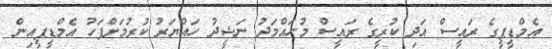
އެމްޑީޕީގެ ރައީސް އަދި ކުރީގެ ރައީސް މުހައްމަދު ނަޝީދު ހައްޔަރު ކުރުމަށްފަހު އެމްޑީޕީއިން